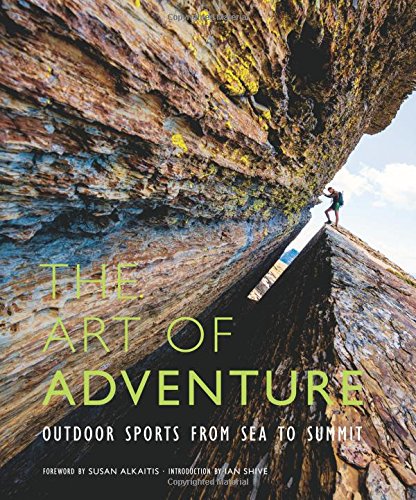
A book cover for The Art of Adventure: Outdoor Sports from Sea to Summit; Ian Shive; Arts & Photography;